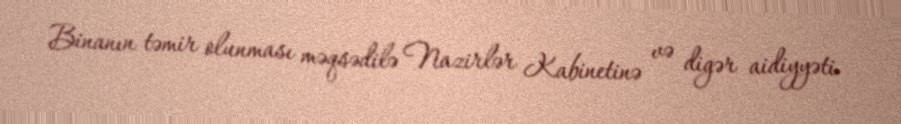
Binanın təmir olunması məqsədilə Nazirlər Kabinetinə və digər aidiyyəti